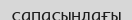
сапасындағы